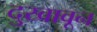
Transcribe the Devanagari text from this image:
दुखावून